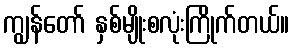
ကျွန်တော် နှစ်မျိုးစလုံးကြိုက်တယ်။